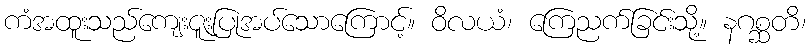
ကံအထူးသည်ကျေးဇူးပြုအပ်သောကြောင့်။ ဝိလယံ၊ ကြေညက်ခြင်းသို့။ နဂစ္ဆတိ၊